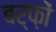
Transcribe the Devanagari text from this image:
बर्फ़ों